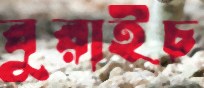
বুরাইচ